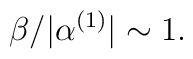
\beta/|\alpha^{(1)}|\sim 1.